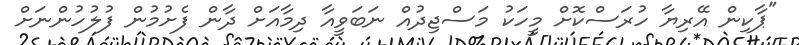
"ޕާކިން އޭރިޔާ ހުރަސްކޮށް މީހަކު މަސްޖިދުއް ނަބަވީއާ ދިމާއަށް ދާން ފެށުމުން ފުލުހުންނަށް